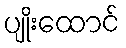
ပျိုးထောင်